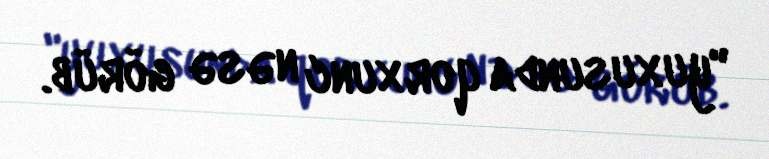
"yuxusunda qorxunc nəsə görüb.